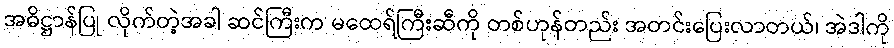
အဓိဋ္ဌာန်ပြု လိုက်တဲ့အခါ ဆင်ကြီးက မထေရ်ကြီးဆီကို တစ်ဟုန်တည်း အတင်းပြေးလာတယ်၊ အဲဒါကို